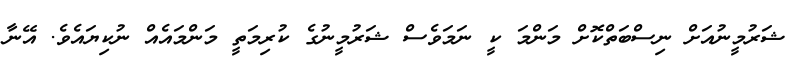
ޝަރުމީނުއަށް ނިސްބަތްކޮށް މަންމަ ކީ ނަމަވެސް ޝަރުމީނުގެ ކުރިމަތީ މަންމައެއް ނުކިޔައެވެ. އޭނާ